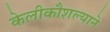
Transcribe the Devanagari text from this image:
केलीकौशल्याने